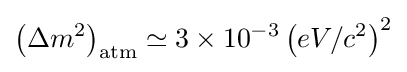
\left(\Delta m^{2}\right)_{\text{atm}}\simeq 3\times 10^{-3}\left(eV/c^{2}\right)^{2}